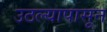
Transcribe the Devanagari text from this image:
उठल्यापासून